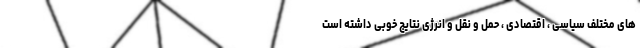
های مختلف سیاسی ، اقتصادی ، حمل و نقل و انرژی نتایج خوبی داشته است